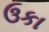
ઉકા